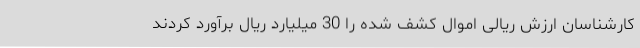
کارشناسان ارزش ریالی اموال کشف شده را 30 میلیارد ریال برآورد کردند